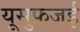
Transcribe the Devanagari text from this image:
यूसुफ़जई